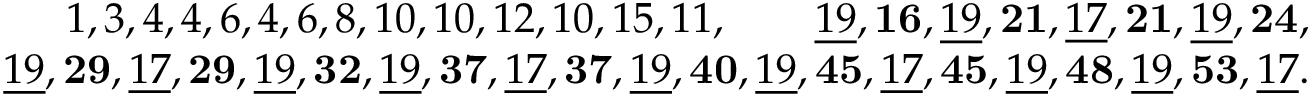
\begin{array} { r l r } & { } & { 1 , 3 , 4 , 4 , 6 , 4 , 6 , 8 , 1 0 , 1 0 , 1 2 , 1 0 , 1 5 , 1 1 , \quad \quad \underline { { 1 9 } } , \mathbf { 1 6 } , \underline { { 1 9 } } , \mathbf { 2 1 } , \underline { { 1 7 } } , \mathbf { 2 1 } , \underline { { 1 9 } } , \mathbf { 2 4 } , } \\ & { } & { \underline { { 1 9 } } , \mathbf { 2 9 } , \underline { { 1 7 } } , \mathbf { 2 9 } , \underline { { 1 9 } } , \mathbf { 3 2 } , \underline { { 1 9 } } , \mathbf { 3 7 } , \underline { { 1 7 } } , \mathbf { 3 7 } , \underline { { 1 9 } } , \mathbf { 4 0 } , \underline { { 1 9 } } , \mathbf { 4 5 } , \underline { { 1 7 } } , \mathbf { 4 5 } , \underline { { 1 9 } } , \mathbf { 4 8 } , \underline { { 1 9 } } , \mathbf { 5 3 } , \underline { { 1 7 } } . } \end{array}